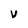
Character: v